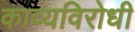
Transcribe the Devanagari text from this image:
काव्यविरोधी